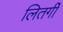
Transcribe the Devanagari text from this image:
लितर्गी